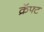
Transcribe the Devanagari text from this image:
क्रॅफ्ट